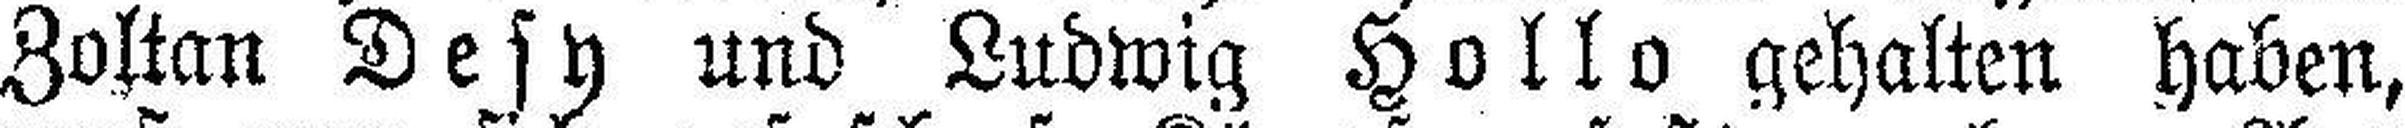
Zoltan Desy und Ludwig Hollo gehalten haben,